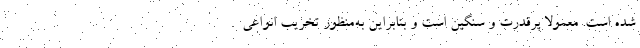
شده است. معمولا پرقدرت و سنگین است و بنابراین به‌منظور تخریب انواعی